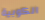
الكوبية